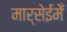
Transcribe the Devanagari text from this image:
मार्सेईमेँ